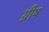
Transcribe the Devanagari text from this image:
ग्रीष